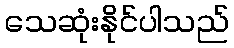
သေဆုံးနိုင်ပါသည်